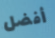
أفضل